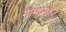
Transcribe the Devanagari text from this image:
नामाराशी